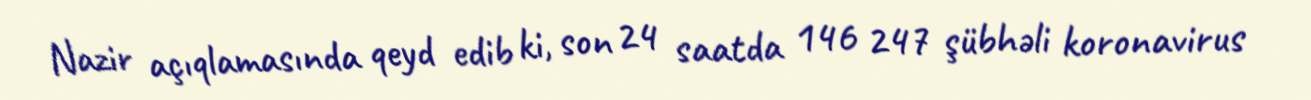
Nazir açıqlamasında qeyd edib ki, son 24 saatda 146 247 şübhəli koronavirus